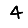
Digit: 4